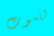
للموت